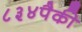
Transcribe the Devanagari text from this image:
८३४पैकी